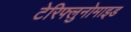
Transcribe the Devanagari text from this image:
टेरिफ्लुनोमाइड